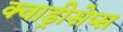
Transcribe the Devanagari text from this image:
क्वाड्रीसेप्स